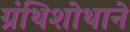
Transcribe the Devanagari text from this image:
ग्रंथिशोथाने